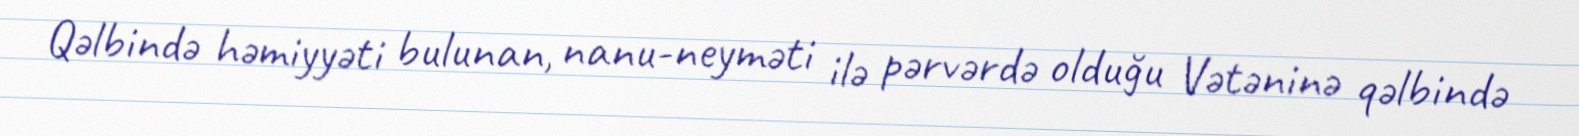
Qəlbində həmiyyəti bulunan, nanu-neyməti ilə pərvərdə olduğu Vətəninə qəlbində